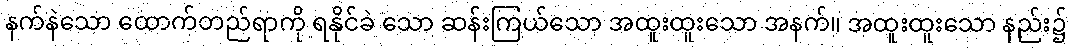
နက်နဲသော ထောက်တည်ရာကို ရနိုင်ခဲ သော ဆန်းကြယ်သော အထူးထူးသော အနက်။ အထူးထူးသော နည်း၌